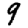
Digit: 9